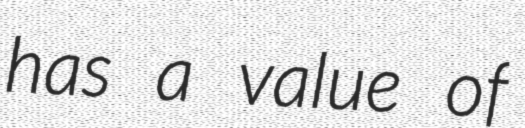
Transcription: has a value of